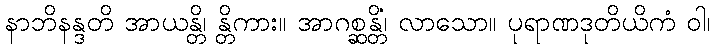
နာဘိနန္ဒတိ အာယန္တိ၊ န္တိကား။ အာဂစ္ဆန္တိံ၊ လာသော။ ပုရာဏဒုတိယိကံ ဝါ၊